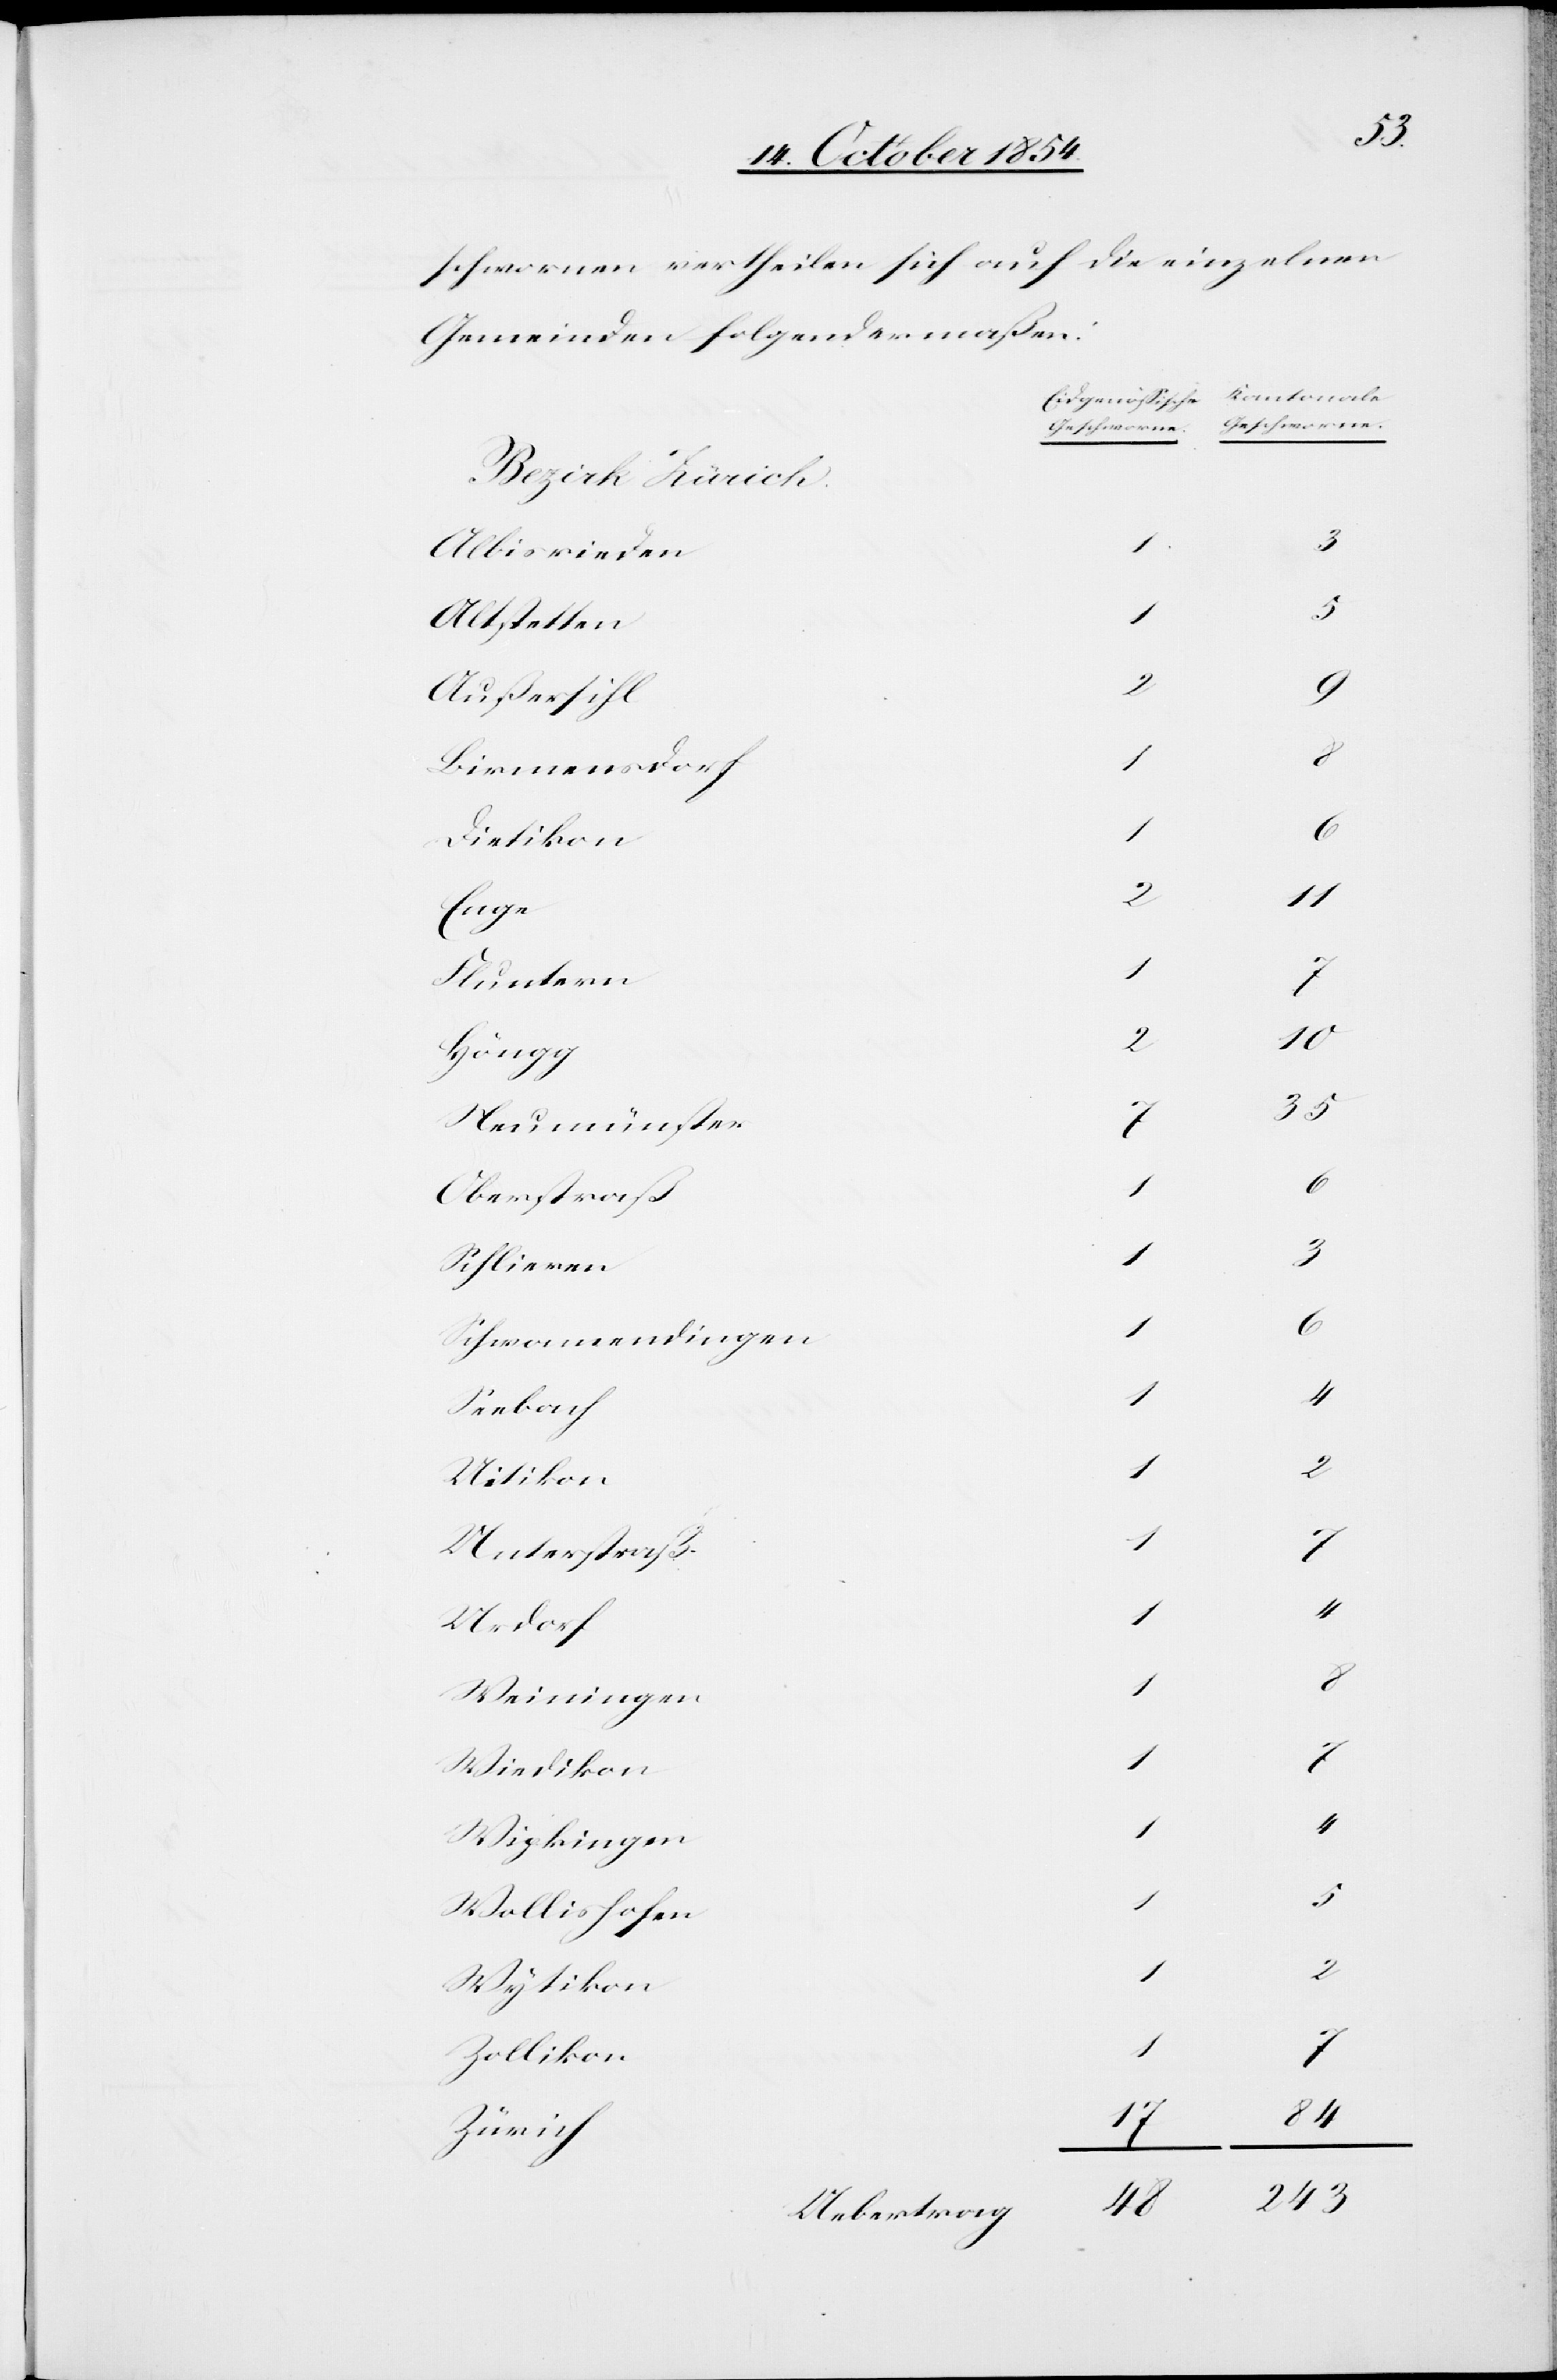
schwornen vertheilen sich auf die einzelnen
Gemeinden folgendermaßen:
[Kantonale
[Eidgenößische
Albisrieden
1
Altstetten
5
Außersihl
2
Birmensdorf
1
8
Dietikon
2
10
Enge
2
Fluntern
Höngg
Neumünster
7
Oberstraß
1
Schlieren
1
Schwamendingen
4
1
Seebach
1
4
Uitikon
1
2
Unterstraß
1
Urdorf
1
Weiningen
1
8
Wiedikon
1
Wipkingen
35
1
Wollishofen
1
Wytikon
Zollikon
84
17
Zürich